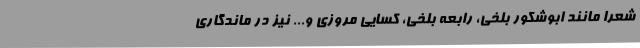
شعرا مانند ابوشکور بلخی، رابعه بلخی، کسایی مروزی و... نیز در ماندگاری